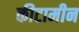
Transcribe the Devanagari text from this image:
कीटामीन